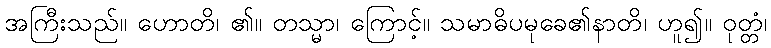
အကြီးသည်။ ဟောတိ၊ ၏။ တသ္မာ၊ ကြောင့်။ သမာဓိပမုခေ၏နာတိ၊ ဟူ၍။ ဝုတ္တံ၊